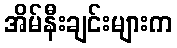
အိမ်နီးချင်းများက